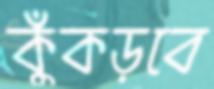
কুঁকড়বে